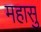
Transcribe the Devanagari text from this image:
महासु